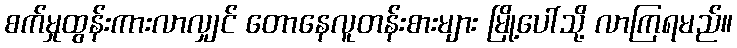
စက်မှုထွန်းကားလာလျှင် တောနေလူတန်းစားများ မြို့ပေါ်သို့ လာကြရမည်။